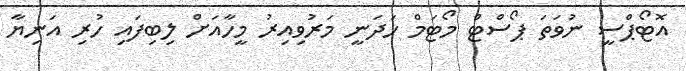
އޮޓޯޕްސީ ނުވަތަ ޕޯސްޓް މޯޓަމް ހަދަނީ މަރުވިއިރު މީހާއަށް ލިބިފައި ހުރި އަނިޔާ